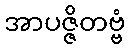
အာပဇ္ဇိတဗ္ဗံ